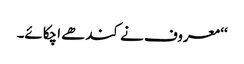
‘‘ معروف نے کندھے اچکائے۔